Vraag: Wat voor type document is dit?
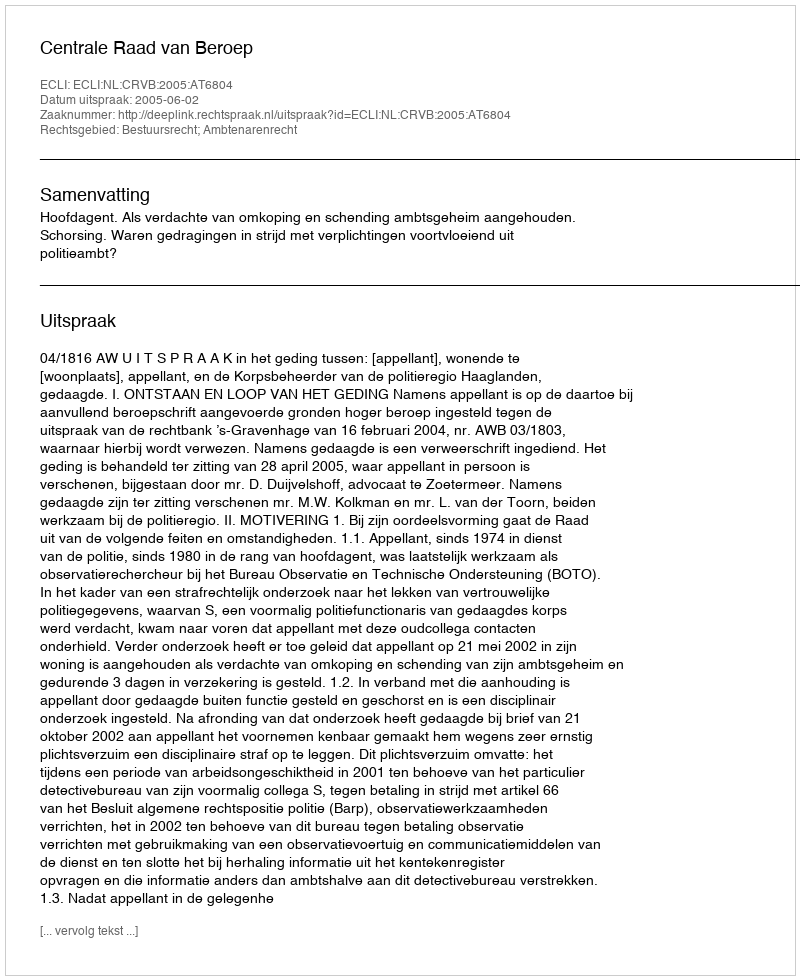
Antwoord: Uitspraak